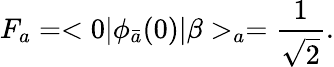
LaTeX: F_{a}=<0|\phi_{\bar{a}}(0)|\beta>_{a}=\frac{1}{\sqrt{2}}.